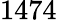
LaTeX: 1474